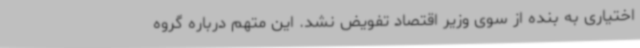
اختیاری به بنده از سوی وزیر اقتصاد تفویض نشد. این متهم درباره گروه